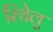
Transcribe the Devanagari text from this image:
रिचेलु